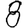
Digit: 8